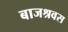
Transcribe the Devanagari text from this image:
बाजश्रवस